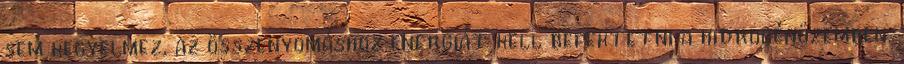
sem kegyelmez, az összenyomáshoz energiát kell befektetni a hidrogénüzemben.